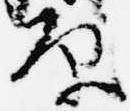
原